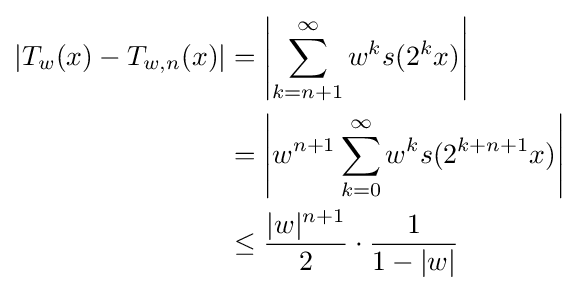
{\begin{aligned}\left|T_{w}(x)-T_{w,n}(x)\right|&=\left|\sum _{k=n+1}^{\infty }w^{k}s(2^{k}x)\right|\\&=\left|w^{n+1}\sum _{k=0}^{\infty }w^{k}s(2^{k+n+1}x)\right|\\&\leq {\frac {|w|^{n+1}}{2}}\cdot {\frac {1}{1-|w|}}\end{aligned}}